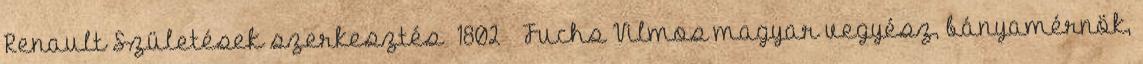
Renault Születések szerkesztés 1802 – Fuchs Vilmos magyar vegyész, bányamérnök,